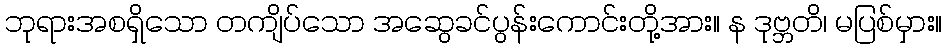
ဘုရားအစရှိသော တကျိပ်သော အဆွေခင်ပွန်းကောင်းတို့အား။ န ဒုဗ္ဘတိ၊ မပြစ်မှား။